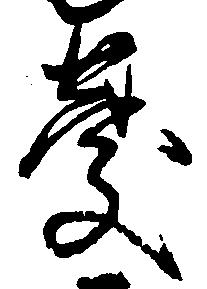
慶